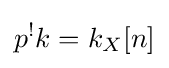
p^{!}k=k_{X}[n]